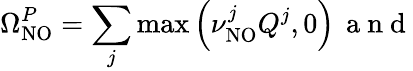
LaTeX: \Omega_{\mathrm{NO}}^{P}=\sum_{j}\mathrm{max}\left(\nu_{\mathrm{NO}}^{j}Q^{j},0\right)\, \mathrm{~a~n~d~}